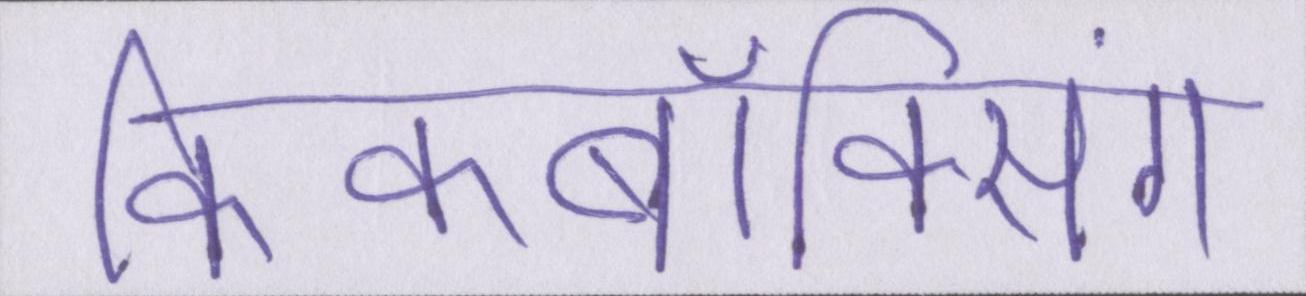
किकबॉक्सिंग